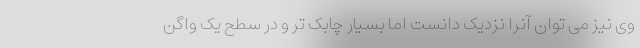
وی نیز می توان آنرا نزدیک دانست اما بسیار چابک تر و در سطح یک واگن